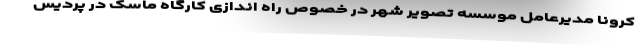
کرونا مدیرعامل موسسه تصویر شهر در خصوص راه اندازی کارگاه ماسک در پردیس